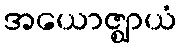
အယောဇ္ဈာယံ